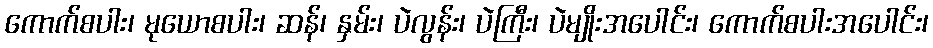
ကောက်စပါး၊ မုယောစပါး၊ ဆန်၊ နှမ်း၊ ပဲလွန်း၊ ပဲကြီး၊ ပဲမျိုးအပေါင်း၊ ကောက်စပါးအပေါင်း၊